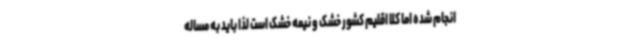
انجام شده اما کلا اقلیم کشور خشک و نیمه خشک است لذا باید به مساله